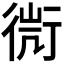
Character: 𧗬